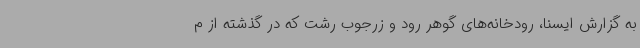
به گزارش ایسنا، رودخانه‌های گوهر رود و زرجوب رشت که در گذشته از م